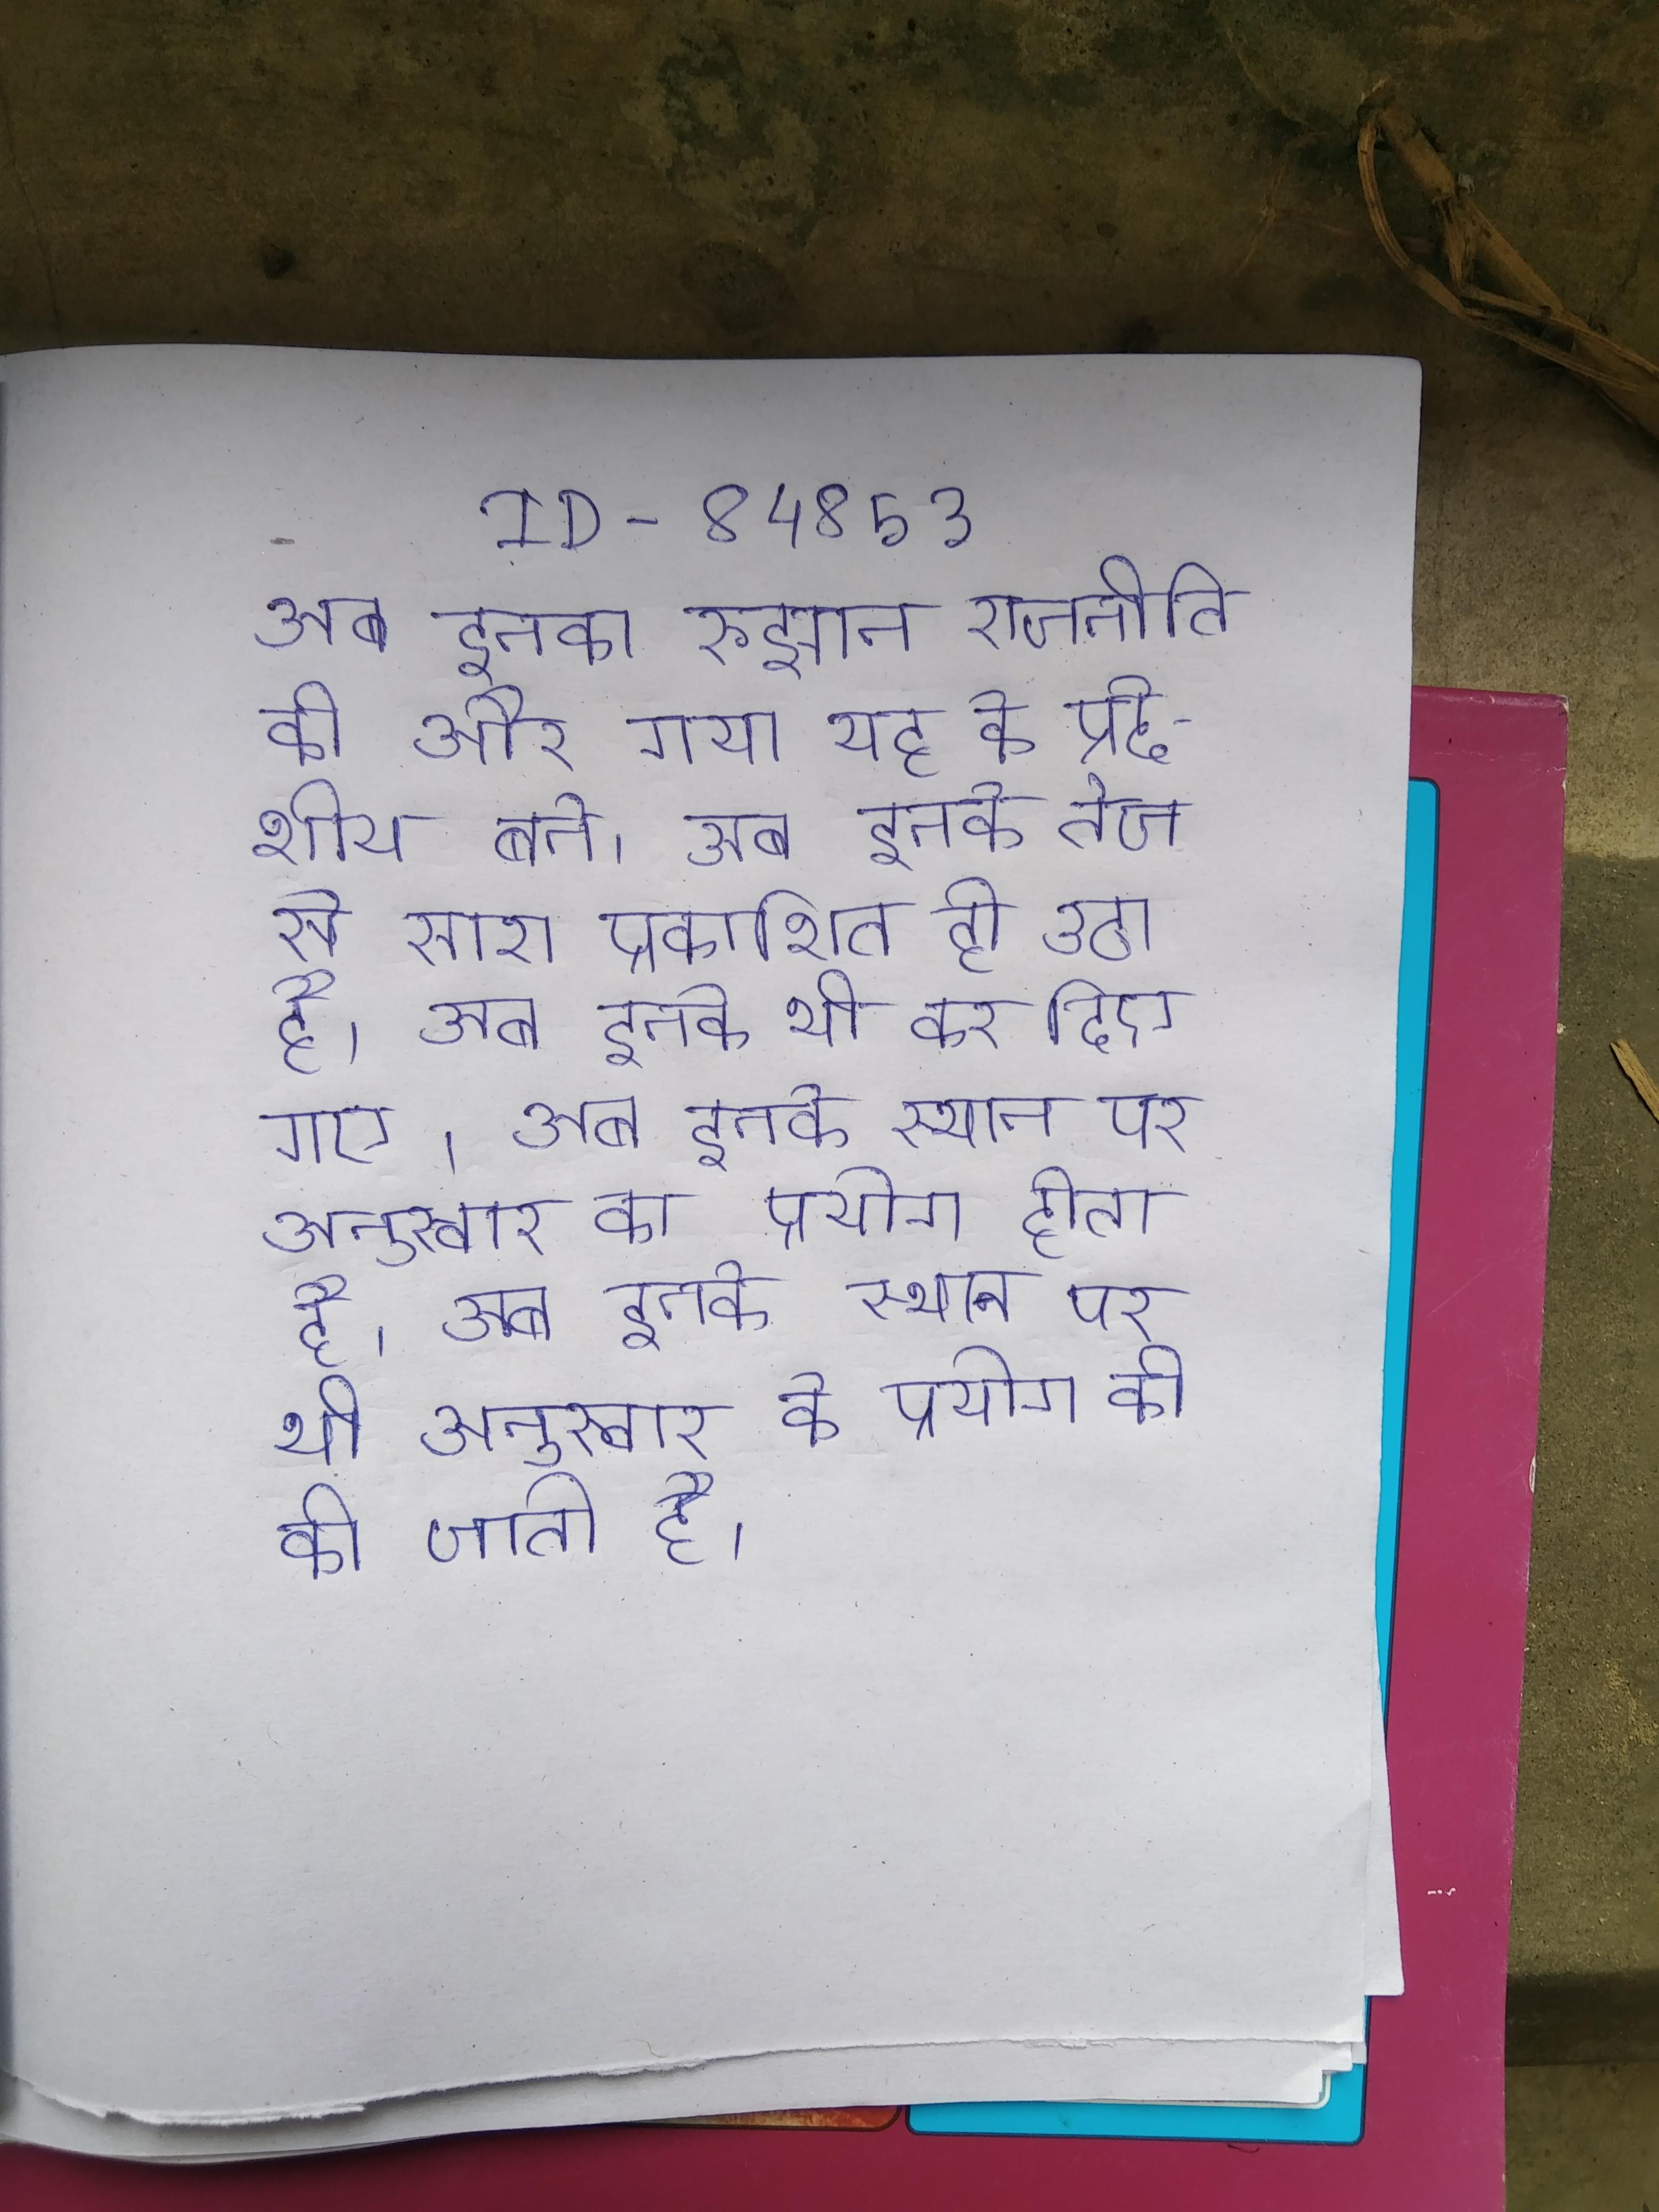
अब इनका रुझान राजनीति की और गया यह के प्रदेशीय बने । अब इनके तेज से सारा प्रकाशित हो उठा है । अब इनके भी कर दिए गए । अब इनके स्थान पर अनुस्वार का प्रयोग होता है । अब इनके स्थान पर भी अनुस्वार के प्रयोग की की जाती है ।